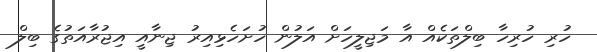
ހުރި ހުރިހާ ބިލްތަކެއް އާ މަޖިލީހަށް އަލުން ހުށަހެޅިއިރު ޖިނާއީ އިޖުރާއަތުގެ ބިލް